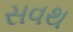
સવથ